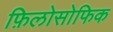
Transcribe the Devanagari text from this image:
फ़िलोसोफिक